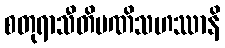
စတုရာသီတိမဏိသဟဿာနိ